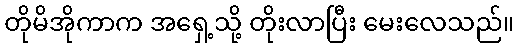
တိုမိအိုကာက အရှေ့သို့ တိုးလာပြီး မေးလေသည်။